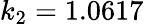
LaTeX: k_{2}=1.0617